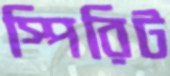
স্পিরিট